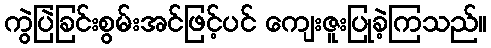
ကွဲပြဲခြင်းစွမ်းအင်ဖြင့်ပင် ကျေးဇူးပြုခဲ့ကြသည်။